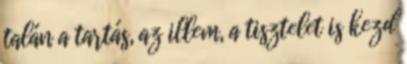
talán a tartás, az illem, a tisztelet is kezd